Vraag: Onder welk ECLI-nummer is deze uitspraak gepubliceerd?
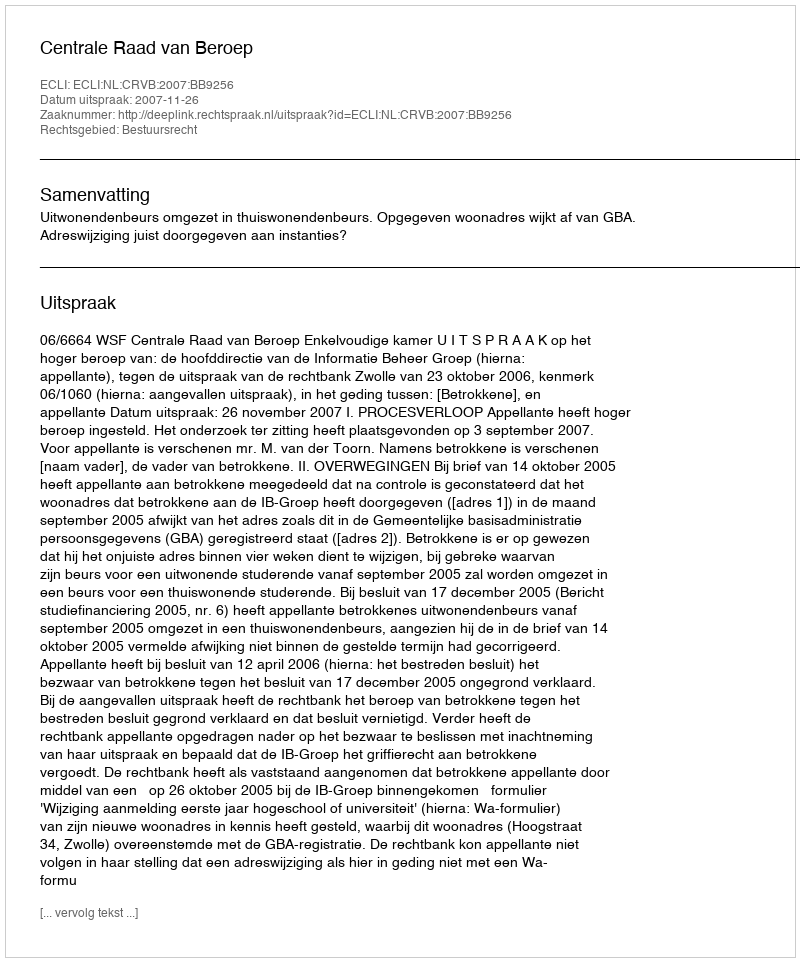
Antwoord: ECLI:NL:CRVB:2007:BB9256